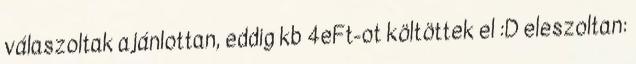
válaszoltak ajánlottan, eddig kb 4eFt-ot költöttek el :D eleszoltan: